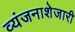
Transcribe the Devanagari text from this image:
व्यंजनाशेजारी